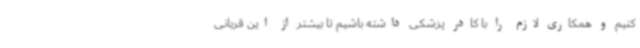
کنیم و همکاری لازم را با کادر پزشکی داشته باشیم تا بیشتر از این قربانی